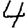
Digit: 4